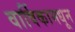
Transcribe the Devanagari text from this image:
वार्षिकामधून